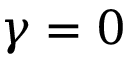
\gamma = 0